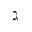
\gimel